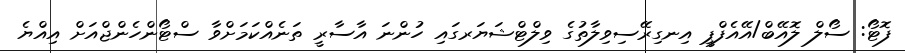
ފޮޓޯ: ސޯލް ލޮއޭބް/އޭއެފްޕީ އިނގިރޭސިވިލާތުގެ ވިލްޓްޝަޔަރގައި ހުންނަ އާސާރީ ތަނެއްކަމަށްވާ ސްޓޯންހެންޖްއަށް އިއްޔެ